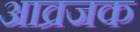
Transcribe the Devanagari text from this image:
आव्रजक